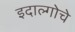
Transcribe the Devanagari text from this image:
इदाल्गोचे